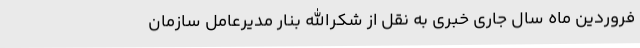
فروردین ماه سال جاری خبری به نقل از شکرالله بنار مدیرعامل سازمان